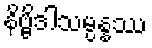
နိဗ္ဗိဒါသမ္ပန္နဿ